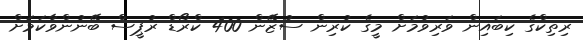
ރިތިކްގެ ކިބައިން ވަރިވުމަށް މީގެ ކުރިން ސުޒޭން 400 ކްރޯޑް ރުޕީސް ބޭނުންވާކަމަށް